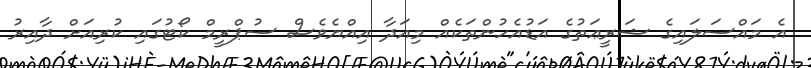
އެ މައްސަލައިގެ ޝަރީޢަތުގެ އަޑުއެހުންތަކެއް މިއަދާ އިއްޔެވެސް ސުޕްރީމް ކޯޓުގައި ކުރިއަށް ދާއިރު